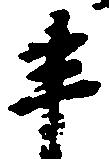
半